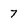
Character: 7